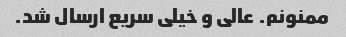
ممنونم. عالی و خیلی سریع ارسال شد.